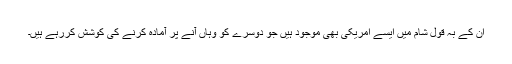
ان کے بہ قول شام میں ایسے امریکی بھی موجود ہیں جو دوسرے کو وہاں آنے پر آمادہ کرنے کی کوشش کررہے ہیں۔